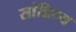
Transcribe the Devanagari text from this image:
सांन्निध्य